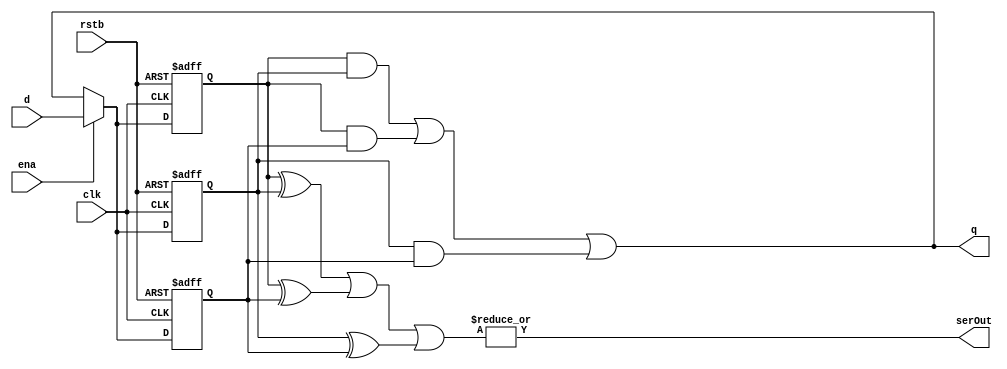
`default_nettype none
`timescale 1ns/1ps
 
/*
 * N-bit D-type flip-flop with triplication
 *
 * modified 2017-10-26 by WJA from PTK's mon_reg32t.v
 */

module dffe_nbit_t #( parameter 
		      W=6,     // register width
		      PU=6'b0  // "power-up" (reset) value
		      ) 
    (
     input  wire         rstb,   // asynchronous reset*
     input  wire         clk,    // clock
     input  wire         ena,    // enable (as in standard DFFE)
     input  wire [W-1:0] d,      // input data
     output wire [W-1:0] q,      // flip-flop output value (majority logic)
     output wire         serOut  // soft error
     ); 


    reg [W-1:0] SRa;  //state-reg A copy
    reg [W-1:0] SRb;  //state-reg B copy
    reg [W-1:0] SRc;  //state-reg C copy

    // majority logic
    assign q = (SRa & SRb) | (SRa & SRc) | (SRb & SRc);
   
    // soft-error detect
    assign serOut = |((SRa ^ SRb) | (SRa ^ SRc) | (SRb ^ SRc));

   /*
    * Register state
    */
    always @(posedge clk, negedge rstb) begin
	if (!rstb) begin
	    SRa <= PU;
	    SRb <= PU;
	    SRc <= PU;
	end else if (ena) begin
            SRa <= d;
            SRb <= d;
            SRc <= d;
	end else begin
	    SRa <= q;  // refresh majority-logic value
	    SRb <= q;  // refresh majority-logic value
	    SRc <= q;  // refresh majority-logic value
	end
    end
endmodule // dffe_nbit_t